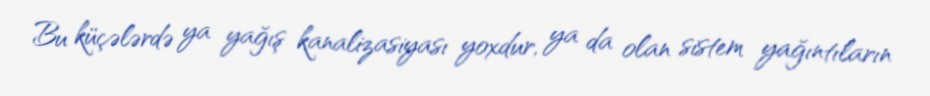
Bu küçələrdə ya yağış kanalizasiyası yoxdur, ya da olan sistem yağıntıların